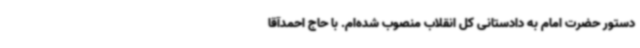
دستور حضرت امام به دادستانی کل انقلاب منصوب شده‌ام. با حاج احمدآقا